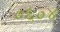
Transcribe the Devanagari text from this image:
०६०४